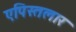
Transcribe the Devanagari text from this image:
एपिस्तलार